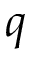
q